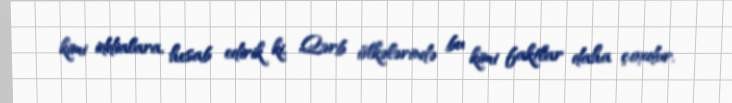
kimi iddialara, hesab edirik ki, Qərb ölkələrində bu kimi faktlar daha çoxdur.